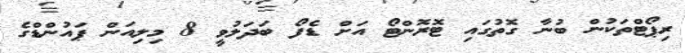
ރިޕޯޓްތަކުން ބުނާ ގޮތުގައި ޓޮރޮންޓޯ އަށް ޑެފޯ ބަދަލުވީ 8 މިލިއަން ޕައުންޑްގެ